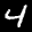
Label: 4